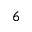
_ 6